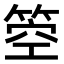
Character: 箜